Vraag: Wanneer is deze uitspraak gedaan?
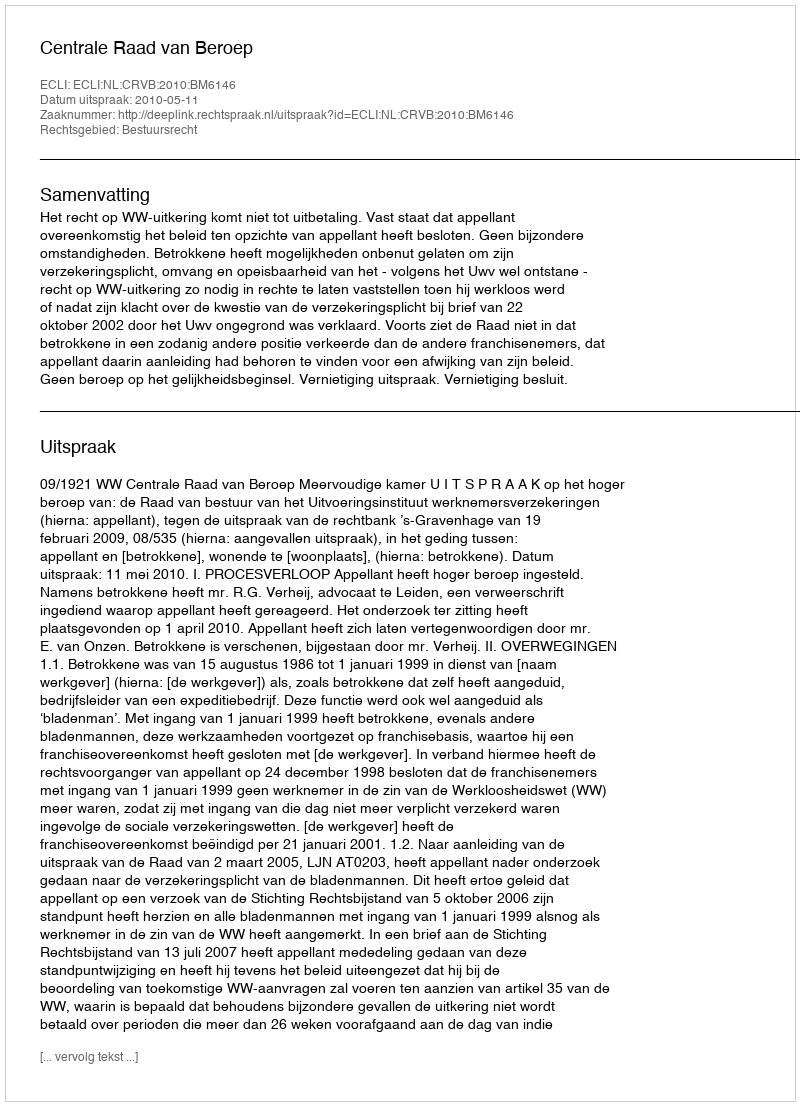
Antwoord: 2010-05-11